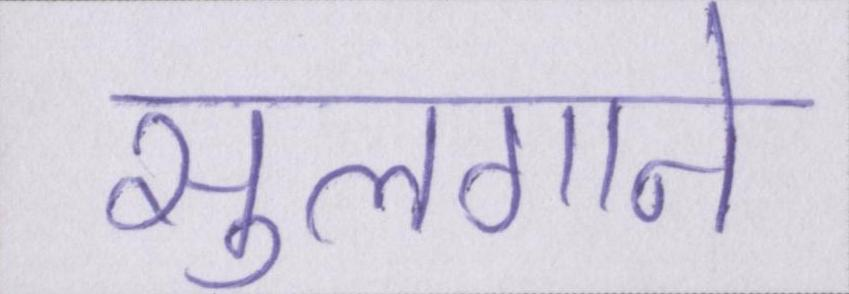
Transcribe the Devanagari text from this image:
सुलगाने